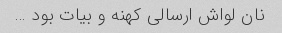
نان لواش ارسالی کهنه و بیات بود …